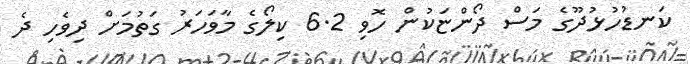
ކަނޑުހުޅުދޫގެ މަސް ދޯންޏަކުން ހޮވި 6.2 ކިލޯގެ މާވަހަރު ގަތުމަށް ދިވެހި ދެ